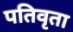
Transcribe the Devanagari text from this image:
पतिवृता